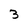
Character: 3